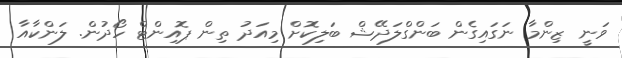
ވަނީ ޒިންމާ ނަގައިގެން ބަންގްލަދޭޝް ބަލިކޮށް މިއަދު ތިން ޕޮއިންޓް ހޯދުން. ލަންކާއާ